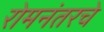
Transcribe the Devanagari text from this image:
रोमनंतरचे